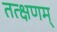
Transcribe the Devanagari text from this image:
तत्क्षणम्